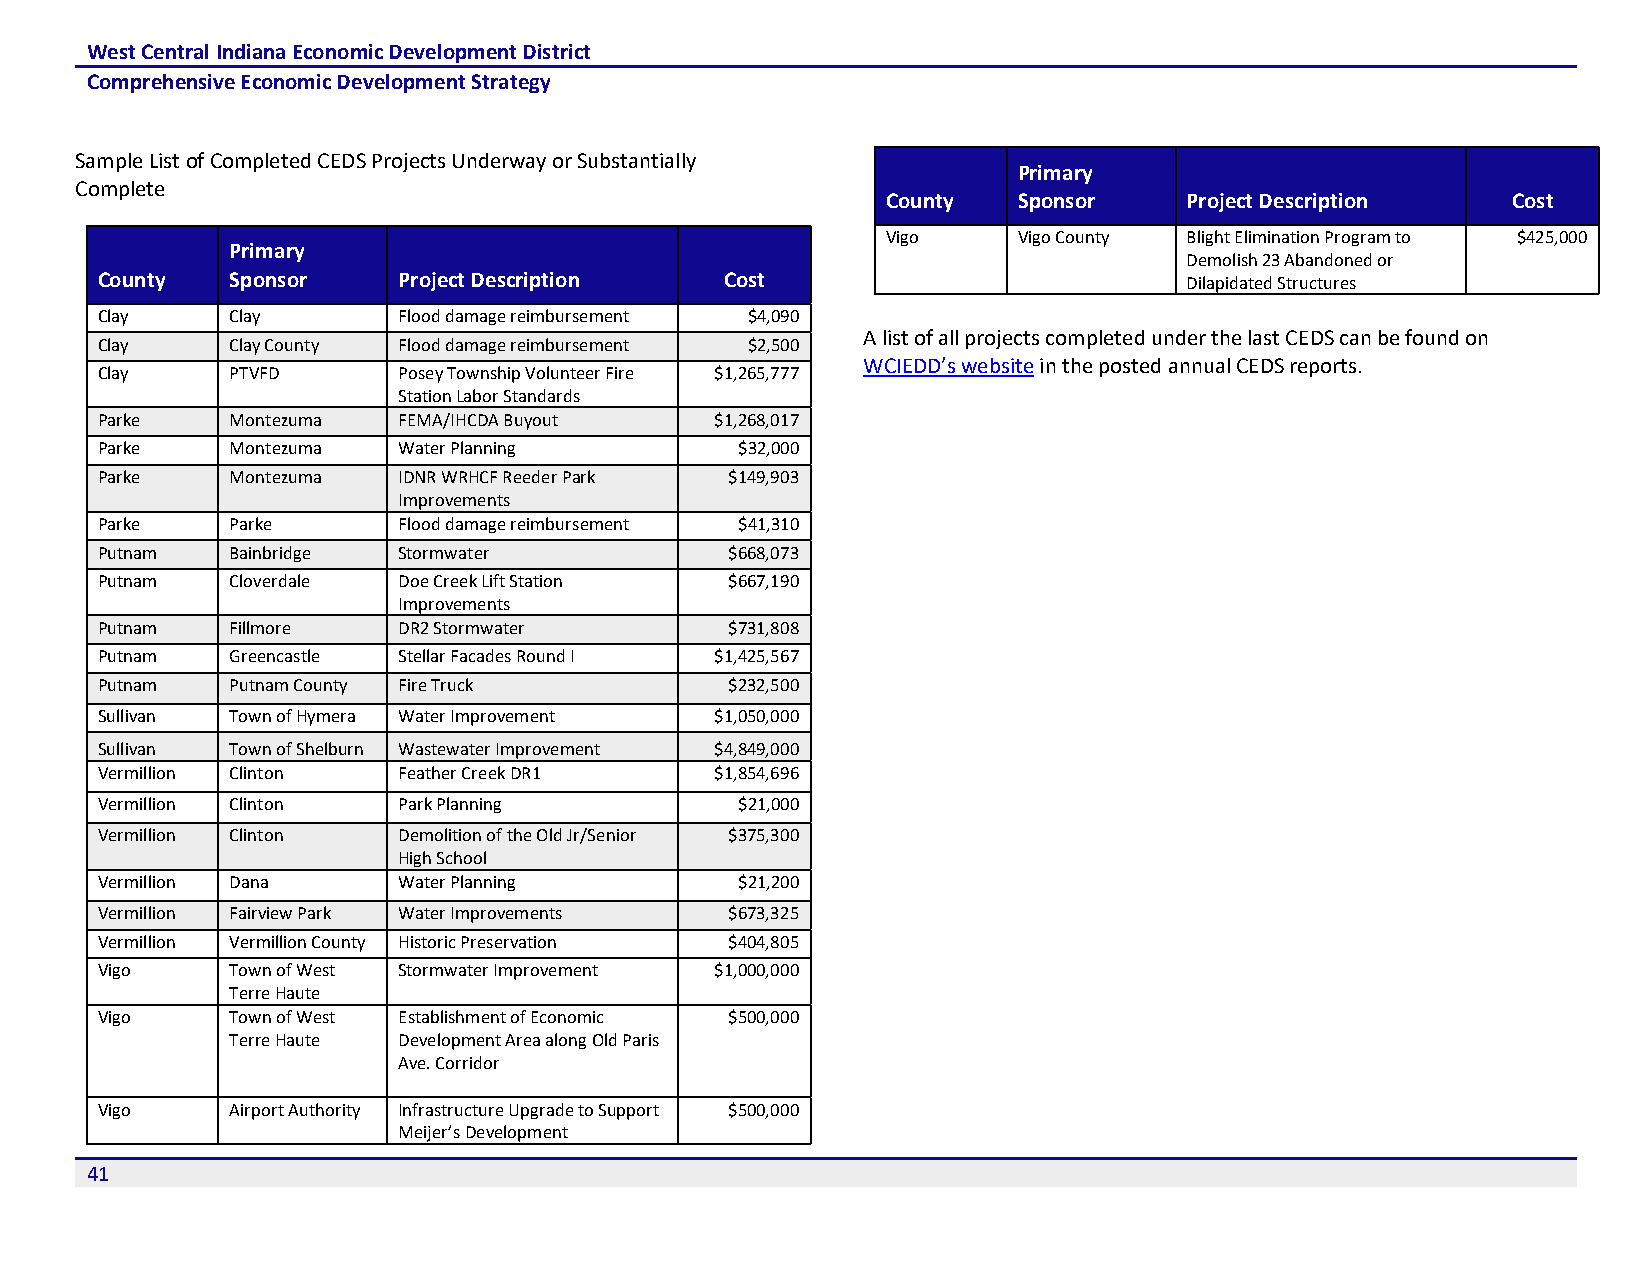
West Central Indiana Economic Development District
 Comprehensive Economic Development Strategy
 Sample List of Completed CEDS Projects Underway or Substantially
 Primary
 Complete
 County  Sponsor     Project Description  Cost
 Vigo    Vigo County Blight Elimination Program to $425,000
 Primary
 Demolish 23 Abandoned or
 County   Sponsor    Project Description   Cost                           Dilapidated Structures
 Clay     Clay       Flood damage reimbursement $4,090
 A list of all projects completed under the last CEDS can be found on
 Clay     Clay County Flood damage reimbursement $2,500
 WCIEDD’s website in the posted annual CEDS reports.
 Clay     PTVFD      Posey Township Volunteer Fire $1,265,777
 Station Labor Standards
 Parke    Montezuma  FEMA/IHCDA Buyout    $1,268,017
 Parke    Montezuma  Water Planning         $32,000
 Parke    Montezuma  IDNR WRHCF Reeder Park $149,903
 Improvements
 Parke    Parke      Flood damage reimbursement $41,310
 Putnam   Bainbridge Stormwater            $668,073
 Putnam   Cloverdale Doe Creek Lift Station $667,190
 Improvements
 Putnam   Fillmore   DR2 Stormwater        $731,808
 Putnam   Greencastle Stellar Facades Round I $1,425,567
 Putnam   Putnam County Fire Truck         $232,500
 Sullivan Town of Hymera Water Improvement $1,050,000
 Sullivan Town of Shelburn Wastewater Improvement $4,849,000
 Vermillion Clinton  Feather Creek DR1    $1,854,696
 Vermillion Clinton  Park Planning          $21,000
 Vermillion Clinton  Demolition of the Old Jr/Senior $375,300
 High School
 Vermillion Dana     Water Planning         $21,200
 Vermillion Fairview Park Water Improvements $673,325
 Vermillion Vermillion County Historic Preservation $404,805
 Vigo     Town of West Stormwater Improvement $1,000,000
 Terre Haute
 Vigo     Town of West Establishment of Economic $500,000
 Terre Haute Development Area along Old Paris
 Ave. Corridor
 Vigo     Airport Authority Infrastructure Upgrade to Support $500,000
 Meijer’s Development
 41